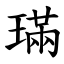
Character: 璊